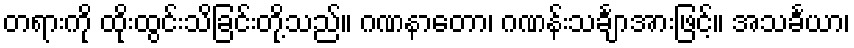
တရားကို ထိုးထွင်းသိခြင်းတို့သည်။ ဂဏနာတော၊ ဂဏန်းသင်္ချာအားဖြင့်။ အသင်္ခယာ၊